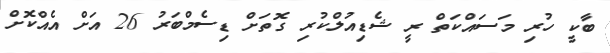
ބާކީ ހުރި މަސައްކަތް ރީ ޝެޑިއުލްކުރި ގޮތަށް ޑިސެމްބަރު 26 އަށް އެއްކޮށް